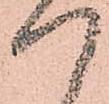
つ